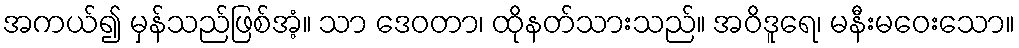
အကယ်၍ မှန်သည်ဖြစ်အံ့။ သာ ဒေဝတာ၊ ထိုနတ်သားသည်။ အဝိဒူရေ၊ မနီးမဝေးသော။